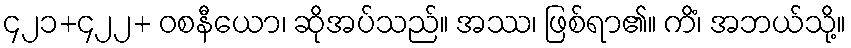
၄၂၁+၄၂၂+ ဝစနီယော၊ ဆိုအပ်သည်။ အဿ၊ ဖြစ်ရာ၏။ ကိံ၊ အဘယ်သို့။